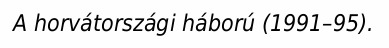
A horvátországi háború (1991–95).